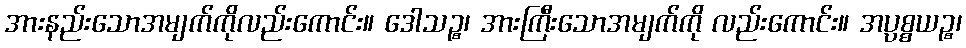
အားနည်းသောအမျက်ကိုလည်းကောင်း။ ဒေါသဉ္စ၊ အားကြီးသောအမျက်ကို လည်းကောင်း။ အပ္ပစ္စယဉ္စ၊